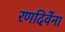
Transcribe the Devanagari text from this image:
रणदिवेंना